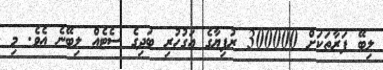
ލިބޭ ފަރާތަކަށް 300000 ރުފިޔާގެ އަގުހުރި ބަދިގެ ސެޓެއް ލިބޭނެ އެވެ. މި